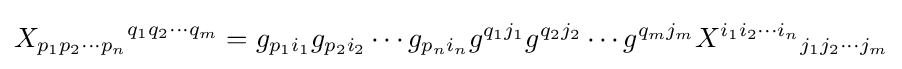
{X_{p_{1}p_{2}\cdots p_{n}}}^{q_{1}q_{2}\cdots q_{m}}=g_{p_{1}i_{1}}g_{p_{2}i_{2}}\cdots g_{p_{n}i_{n}}g^{q_{1}j_{1}}g^{q_{2}j_{2}}\cdots g^{q_{m}j_{m}}{X^{i_{1}i_{2}\cdots i_{n}}}_{j_{1}j_{2}\cdots j_{m}}